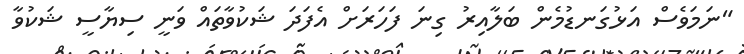
"ނަމަވެސް އަޅުގަނޑުމެން ބަލާއިރު ގިނަ ފަހަރަށް އެފަދަ ޝަކުވާތައް ވަނީ ސިޔާސީ ޝަކުވާ